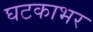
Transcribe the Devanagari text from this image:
घटकाभर